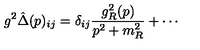
g ^ { 2 } \hat { \Delta } ( p ) _ { i j } = \delta _ { i j } \frac { g _ { R } ^ { 2 } ( p ) } { p ^ { 2 } + m _ { R } ^ { 2 } } + \cdots